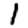
Digit: 1